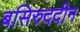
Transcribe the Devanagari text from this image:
बसिरुददीन